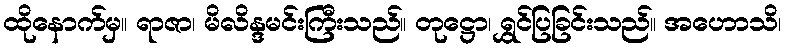
ထိုနောက်မှ။ ရာဇာ၊ မိလိန္ဒမင်းကြီးသည်။ တုဋ္ဌော၊ ရွှင်ပြခြင်းသည်။ အဟောသိ၊